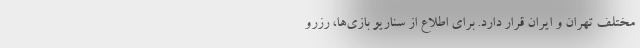
مختلف تهران و ایران قرار دارد. برای اطلاع از سناریو بازی‌ها، رزرو